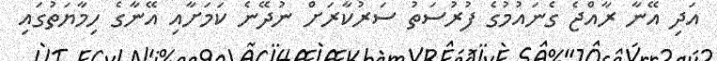
އަދި އޭނާ ރާއްޖެ ގެނައުމުގެ ފުރުސަތު ސަރުކާރަށް ނުދޭނެ ކަމަށާއި އޭނާގެ ހިމާޔަތުގައި